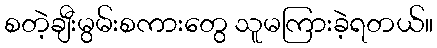
စတဲ့ချီးမွမ်းစကားတွေ သူမကြားခဲ့ရတယ်။